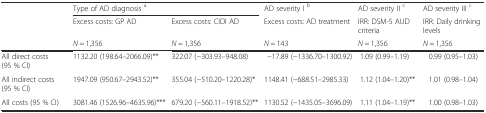
<table><thead><tr><td rowspan="3"></td><td colspan="2"><b>Type of AD diagnosis <sup>a</sup></b></td><td><b>AD severity I <sup>b</sup></b></td><td><b>AD severity II <sup>c</sup></b></td><td><b>AD severity III <sup>c</sup></b></td></tr><tr><td><b>Excess costs: GP AD</b></td><td><b>Excess costs: CIDI AD</b></td><td><b>Excess costs: AD treatment</b></td><td><b>IRR: DSM-5 AUD criteria</b></td><td><b>IRR: Daily drinking levels</b></td></tr><tr><td><b><i>N</i> = 1,356</b></td><td><b><i>N</i> = 1,356</b></td><td><b><i>N</i> = 143</b></td><td><b><i>N</i> = 1,356</b></td><td><b><i>N</i> = 1,356</b></td></tr></thead><tbody><tr><td>All direct costs (95 % CI)</td><td>1132.20 (198.64–2066.09)**</td><td>322.07 (−303.93–948.08)</td><td>−17.89 (−1336.70–1300.92)</td><td>1.09 (0.99–1.19)</td><td>0.99 (0.95–1.03)</td></tr><tr><td>All indirect costs (95 % CI)</td><td>1947.09 (950.67–2943.52)**</td><td>355.04 (−510.20–1220.28)*</td><td>1148.41 (−688.51–2985.33)</td><td>1.12 (1.04–1.20)**</td><td>1.01 (0.98–1.04)</td></tr><tr><td>All costs (95 % CI)</td><td>3081.46 (1526.96–4635.96)***</td><td>679.20 (−560.11–1918.52)**</td><td>1130.52 (−1435.05–3696.09)</td><td>1.11 (1.04–1.19)**</td><td>1.00 (0.98–1.03)</td></tr></tbody></table>